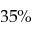
3 5 \%